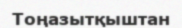
Тоңазытқыштан